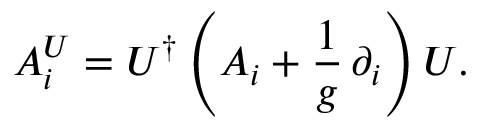
A _ { i } ^ { U } = U ^ { \dagger } \left( A _ { i } + \frac { 1 } { g } \, \partial _ { i } \right) U .